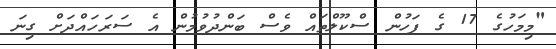
"މިމަހުގެ 17 ގެ ފަހުން ސްކޫލްތައް ވެސް ބަންދުވުމުން އެ ސަރަހައްދަށް ގިނަ